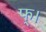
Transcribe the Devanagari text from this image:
फ्।